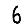
Digit: 6